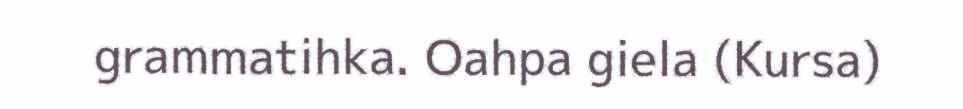
grammatihka. Oahpa giela (Kursa)